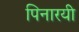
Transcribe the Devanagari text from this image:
पिनारयी